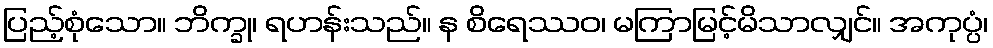
ပြည့်စုံသော။ ဘိက္ခု၊ ရဟန်းသည်။ န စိရေဿဝ၊ မကြာမြင့်မိသာလျှင်။ အကုပ္ပံ၊